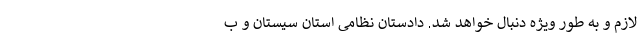
لازم و به طور ویژه دنبال خواهد شد. دادستان نظامی استان سیستان و ب